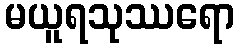
မယူရသုဿရော